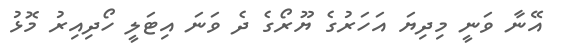
އޭނާ ވަނީ މިދިޔަ އަހަރުގެ ޔޫރޯގެ ދެ ވަނަ އިޓަލީ ހޯދިއިރު މޮޅު